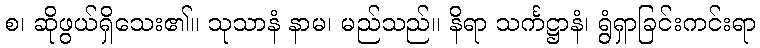
စ၊ ဆိုဖွယ်ရှိသေး၏။ သုသာနံ နာမ၊ မည်သည်။ နိရာ သင်္ကဋ္ဌာနံ၊ ရွံရှာခြင်းကင်းရာ